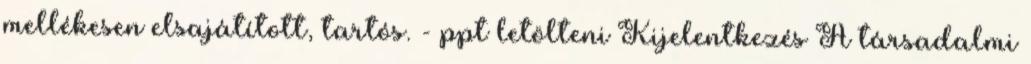
mellékesen elsajátított, tartós. - ppt letölteni Kijelentkezés A társadalmi